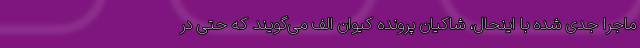
ماجرا جدی شده با اینحال، شاکیان پرونده کیوان الف می‌گویند که حتی در